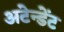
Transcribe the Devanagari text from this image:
अटेन्डेंट